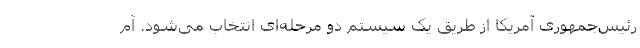
رئیس‌جمهوری آمریکا از طریق یک سیستم دو مرحله‌ای انتخاب می‌شود. آم